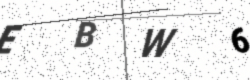
Text: EBW6